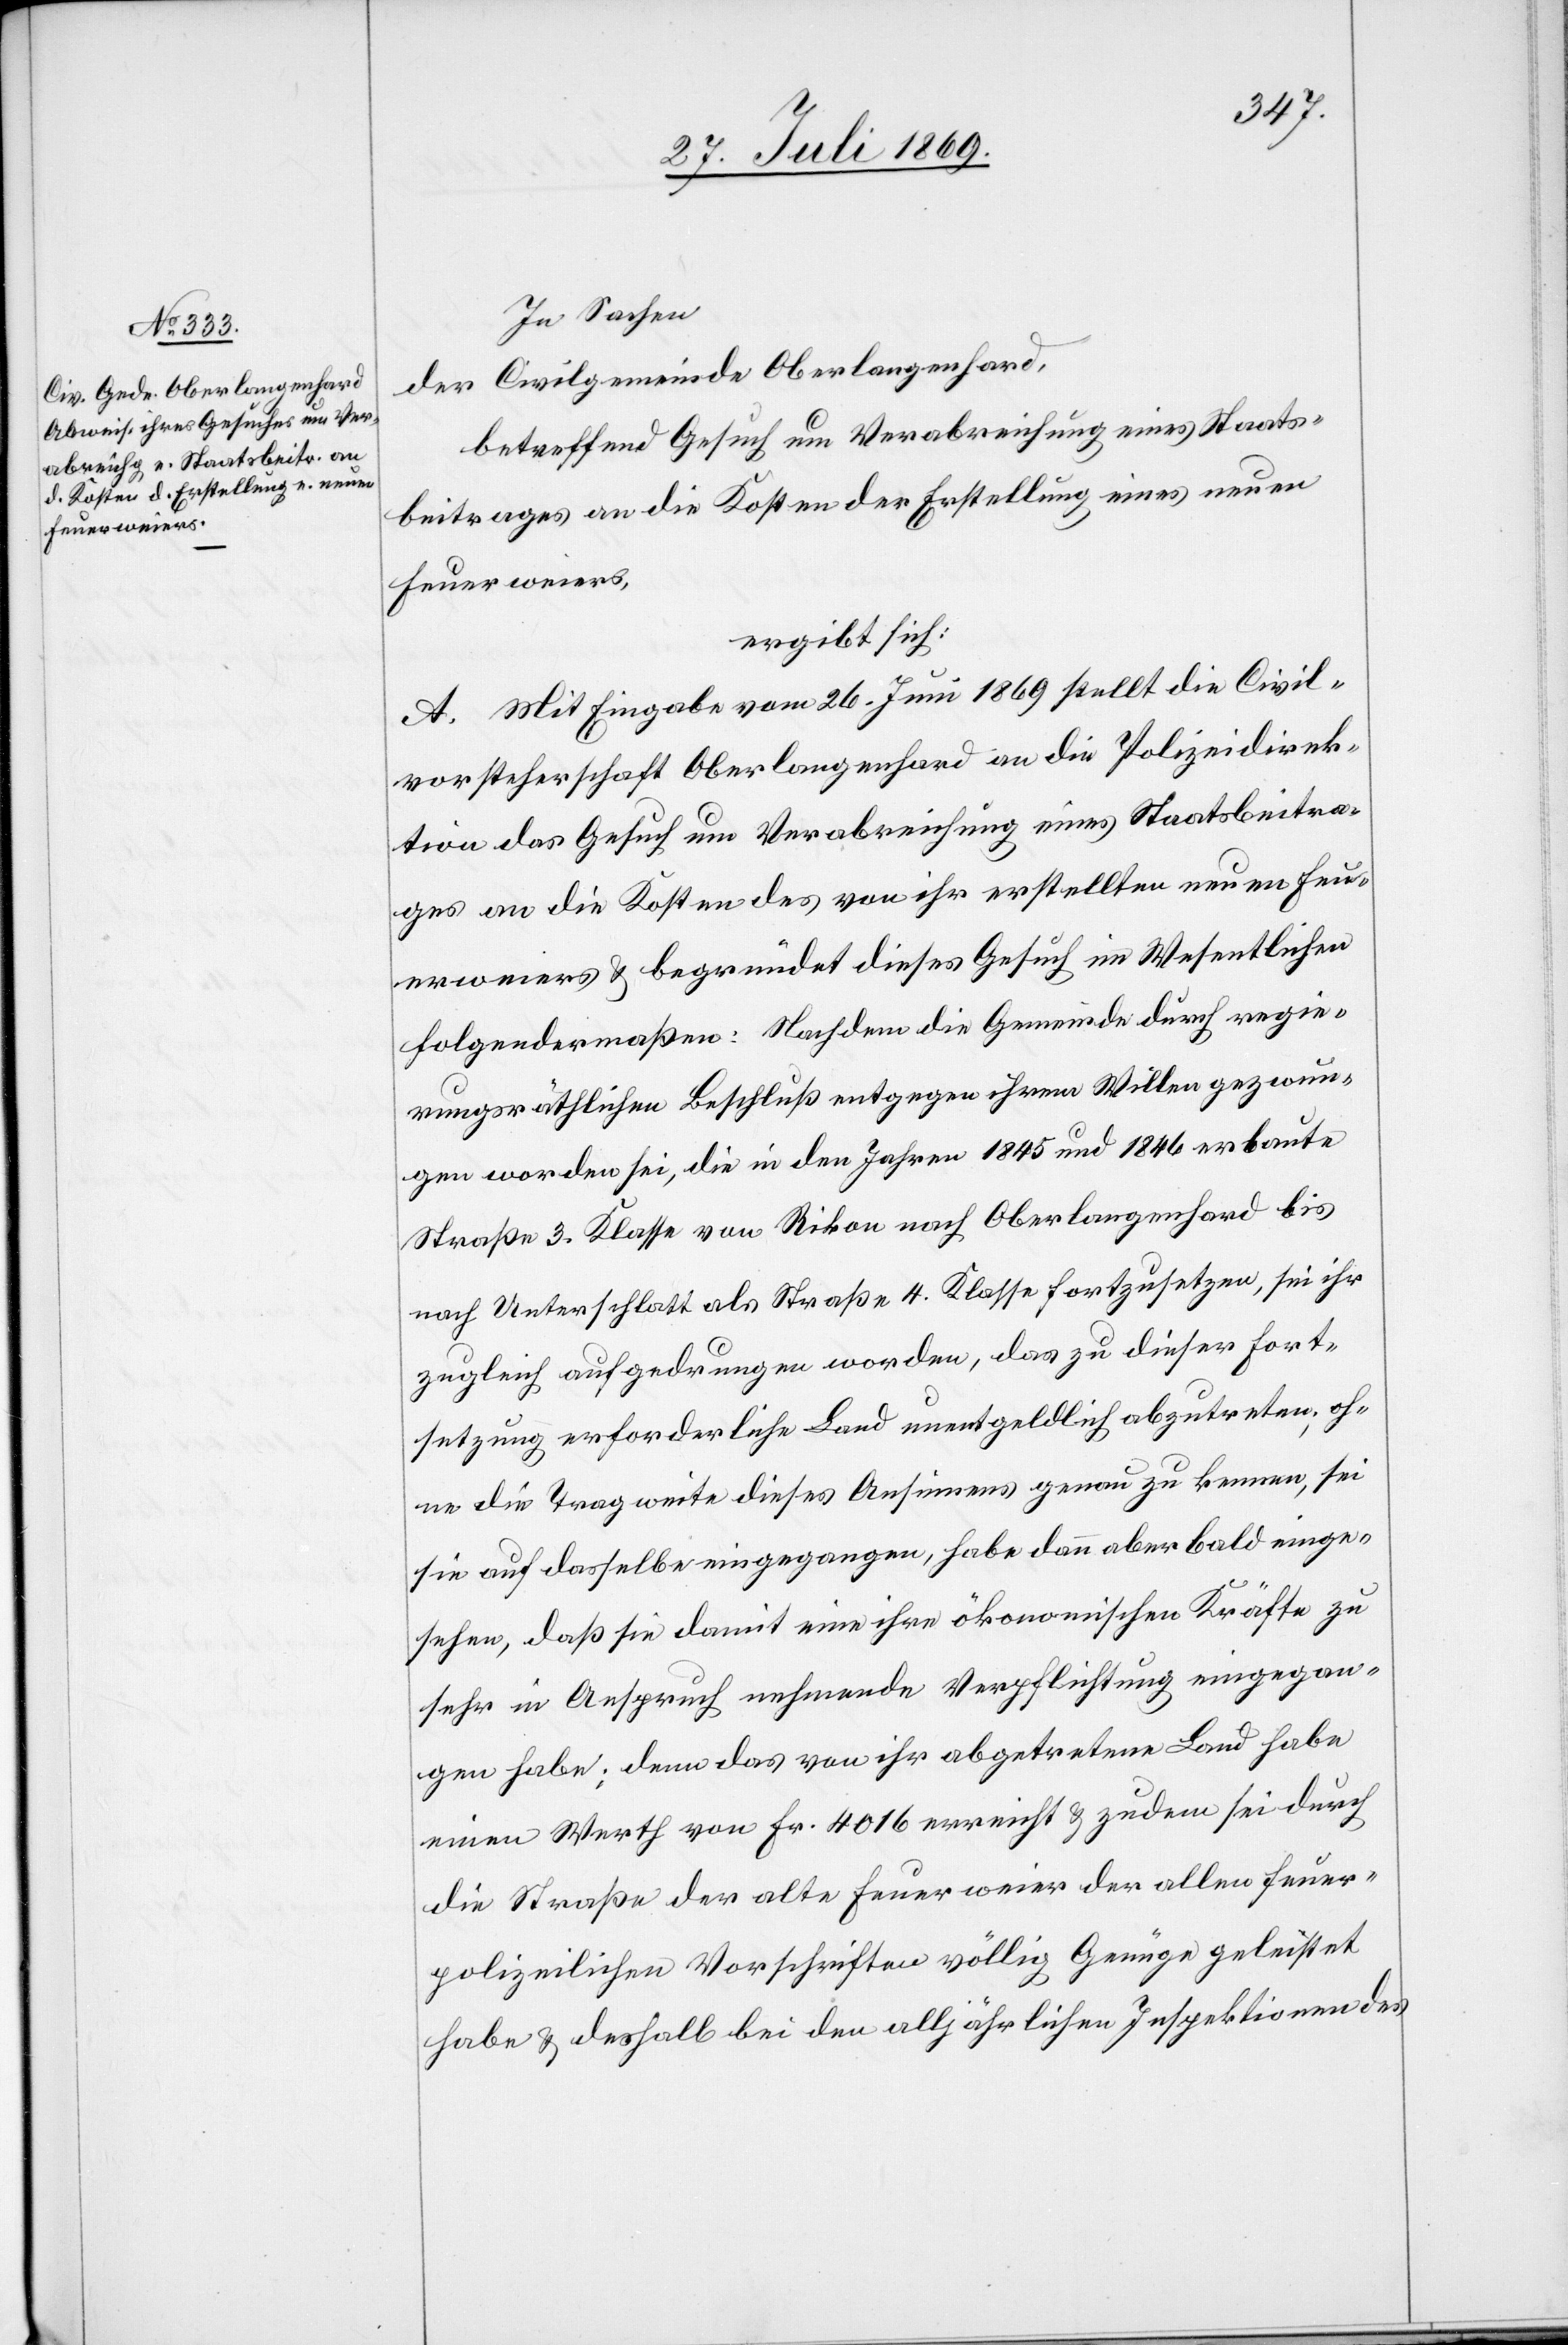
In Sachen
der Civilgemeinde Oberlangenhard,
betreffend Gesuch um Verabreichung eines Staats¬
beitrages an die Kosten der Erstellung eines neuen
Feuerweiers,
ergibt sich:
A. Mit Eingabe vom 26 Juni 1869 stellt die Civil¬
vorsteherschaft Oberlangenhard an die Polizeidirek¬
tion das Gesuch um Verabreichung eines Staatsbeitra¬
ges an die Kosten des von ihr erstellten neuen Feu¬
erweiers u. begründet dieses Gesuch im Wesentlichen
folgendermaßen: Nachdem die Gemeinde durch regie¬
rungsräthlichen Beschluß entgegen ihren Willen gezwun¬
gen worden sei, die in den Jahren 1845 und 1846 erbaute
Straße 3 Klasse von Rikon nach Oberlangenhard bis
nach Unterschlatt als Straße 4 Klasse fortzusetzen, sei ihr
zugleich aufgedrungen worden, das zu dieser Fort¬
setzung erforderliche Land unentgeldlich abzutreten, oh¬
ne die Tragweite dieses Ansinnens genau zu kennen, sei
sie auf dasselbe eingegangen, habe dann aber bald einge¬
sehen, daß sie damit eine ihre ökonomischen Kräfte zu
sehr in Anspruch nehmende Verpflichtung eingegan¬
gen habe; denn das von ihr abgetretene Land habe
einen Werth von Fr. 4016 erreicht u. zudem sei durch
die Straße der alte Feuerweier der allen feuer¬
polizeilichen Vorschriften völlig Genüge geleistet
habe u. deshalb bei den alljährlichen Inspektionen des